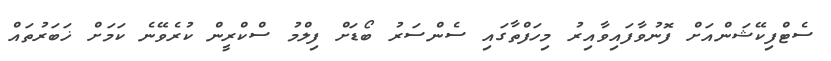
ސެޓްފިކޭޝަންއަށް ފޮނުވާފައިވާއިރު މިހަފްތާގައި ސެންސަރު ބޯޑަށް ފިލްމު ސްކްރީން ކުރެވޭނެ ކަމަށް ޚަބަރުތައް